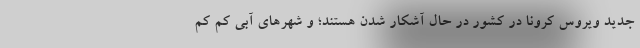
جدید ویروس کرونا در کشور در حال آشکار شدن هستند؛ و شهرهای آبی کم کم